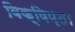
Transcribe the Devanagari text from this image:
विक्षिप्ता